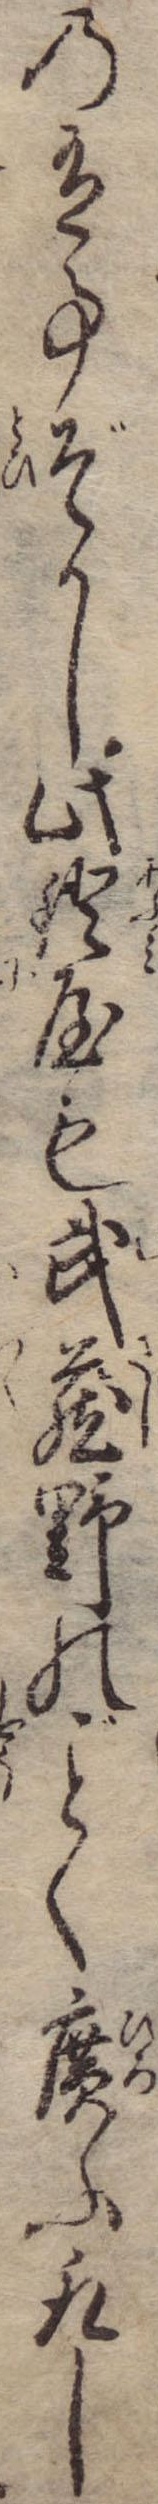
の有事ぞかし此鐙屋も武蔵野のく広ふ取し